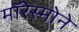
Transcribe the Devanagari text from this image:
मॉरेस्मोने